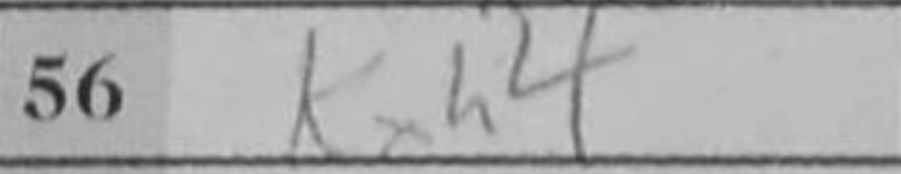
Transcription: Kxh4